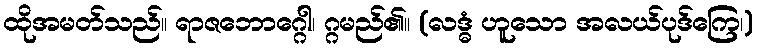
ထိုအမတ်သည်။ ရာဇဘောဂ္ဂေါ၊ ဂ္ဂမည်၏။ (လဒ္ဓံ ဟူသော အလယ်ပုဒ်ကြေ၊)